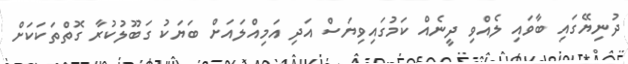
ދުނިޔޭގައި ބާވައި ލެއްވި ދީނެއް ކަމުގައިވިޔަސް އަދި އަމިއްލައަށް ބަޔަކު ގަބޫލުކުރާ ގޮތްތަކަކަށް